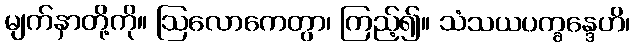
မျက်နှာတို့ကို။ ဩလောကေတွာ၊ ကြည့်၍။ သံသယပက္ခန္ဒေဟိ၊